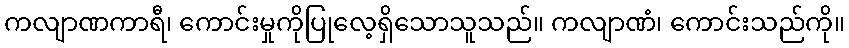
ကလျာဏကာရီ၊ ကောင်းမှုကိုပြုလေ့ရှိသောသူသည်။ ကလျာဏံ၊ ကောင်းသည်ကို။